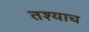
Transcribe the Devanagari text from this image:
तश्याच